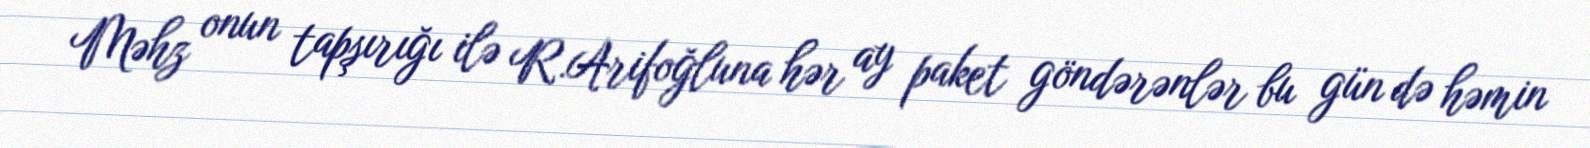
Məhz onun tapşırığı ilə R.Arifoğluna hər ay paket göndərənlər bu gün də həmin